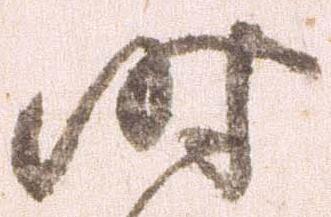
時